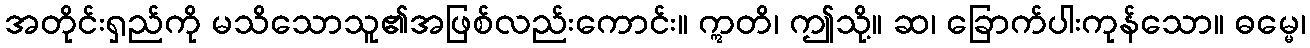
အတိုင်းရှည်ကို မသိသောသူ၏အဖြစ်လည်းကောင်း။ ဣတိ၊ ဤသို့။ ဆ၊ ခြောက်ပါးကုန်သော။ ဓမ္မေ၊